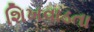
શિખવાડતા